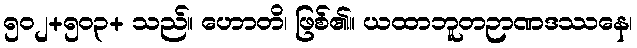
၅၀၂+၅၀၃+ သည်။ ဟောတိ၊ ဖြစ်၏။ ယထာဘူတဉာဏဒဿနေ၊